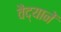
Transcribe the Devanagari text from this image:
वैद्यानें